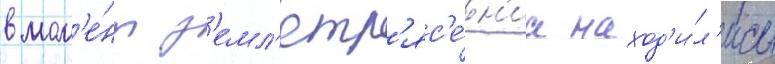
в мом'е́нт з'емл'етр'яс'е́н'иа наход'и́л'ись